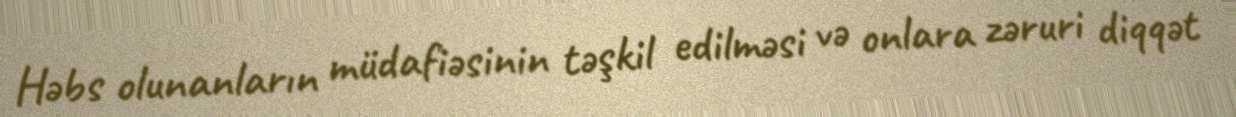
Həbs olunanların müdafiəsinin təşkil edilməsi və onlara zəruri diqqət